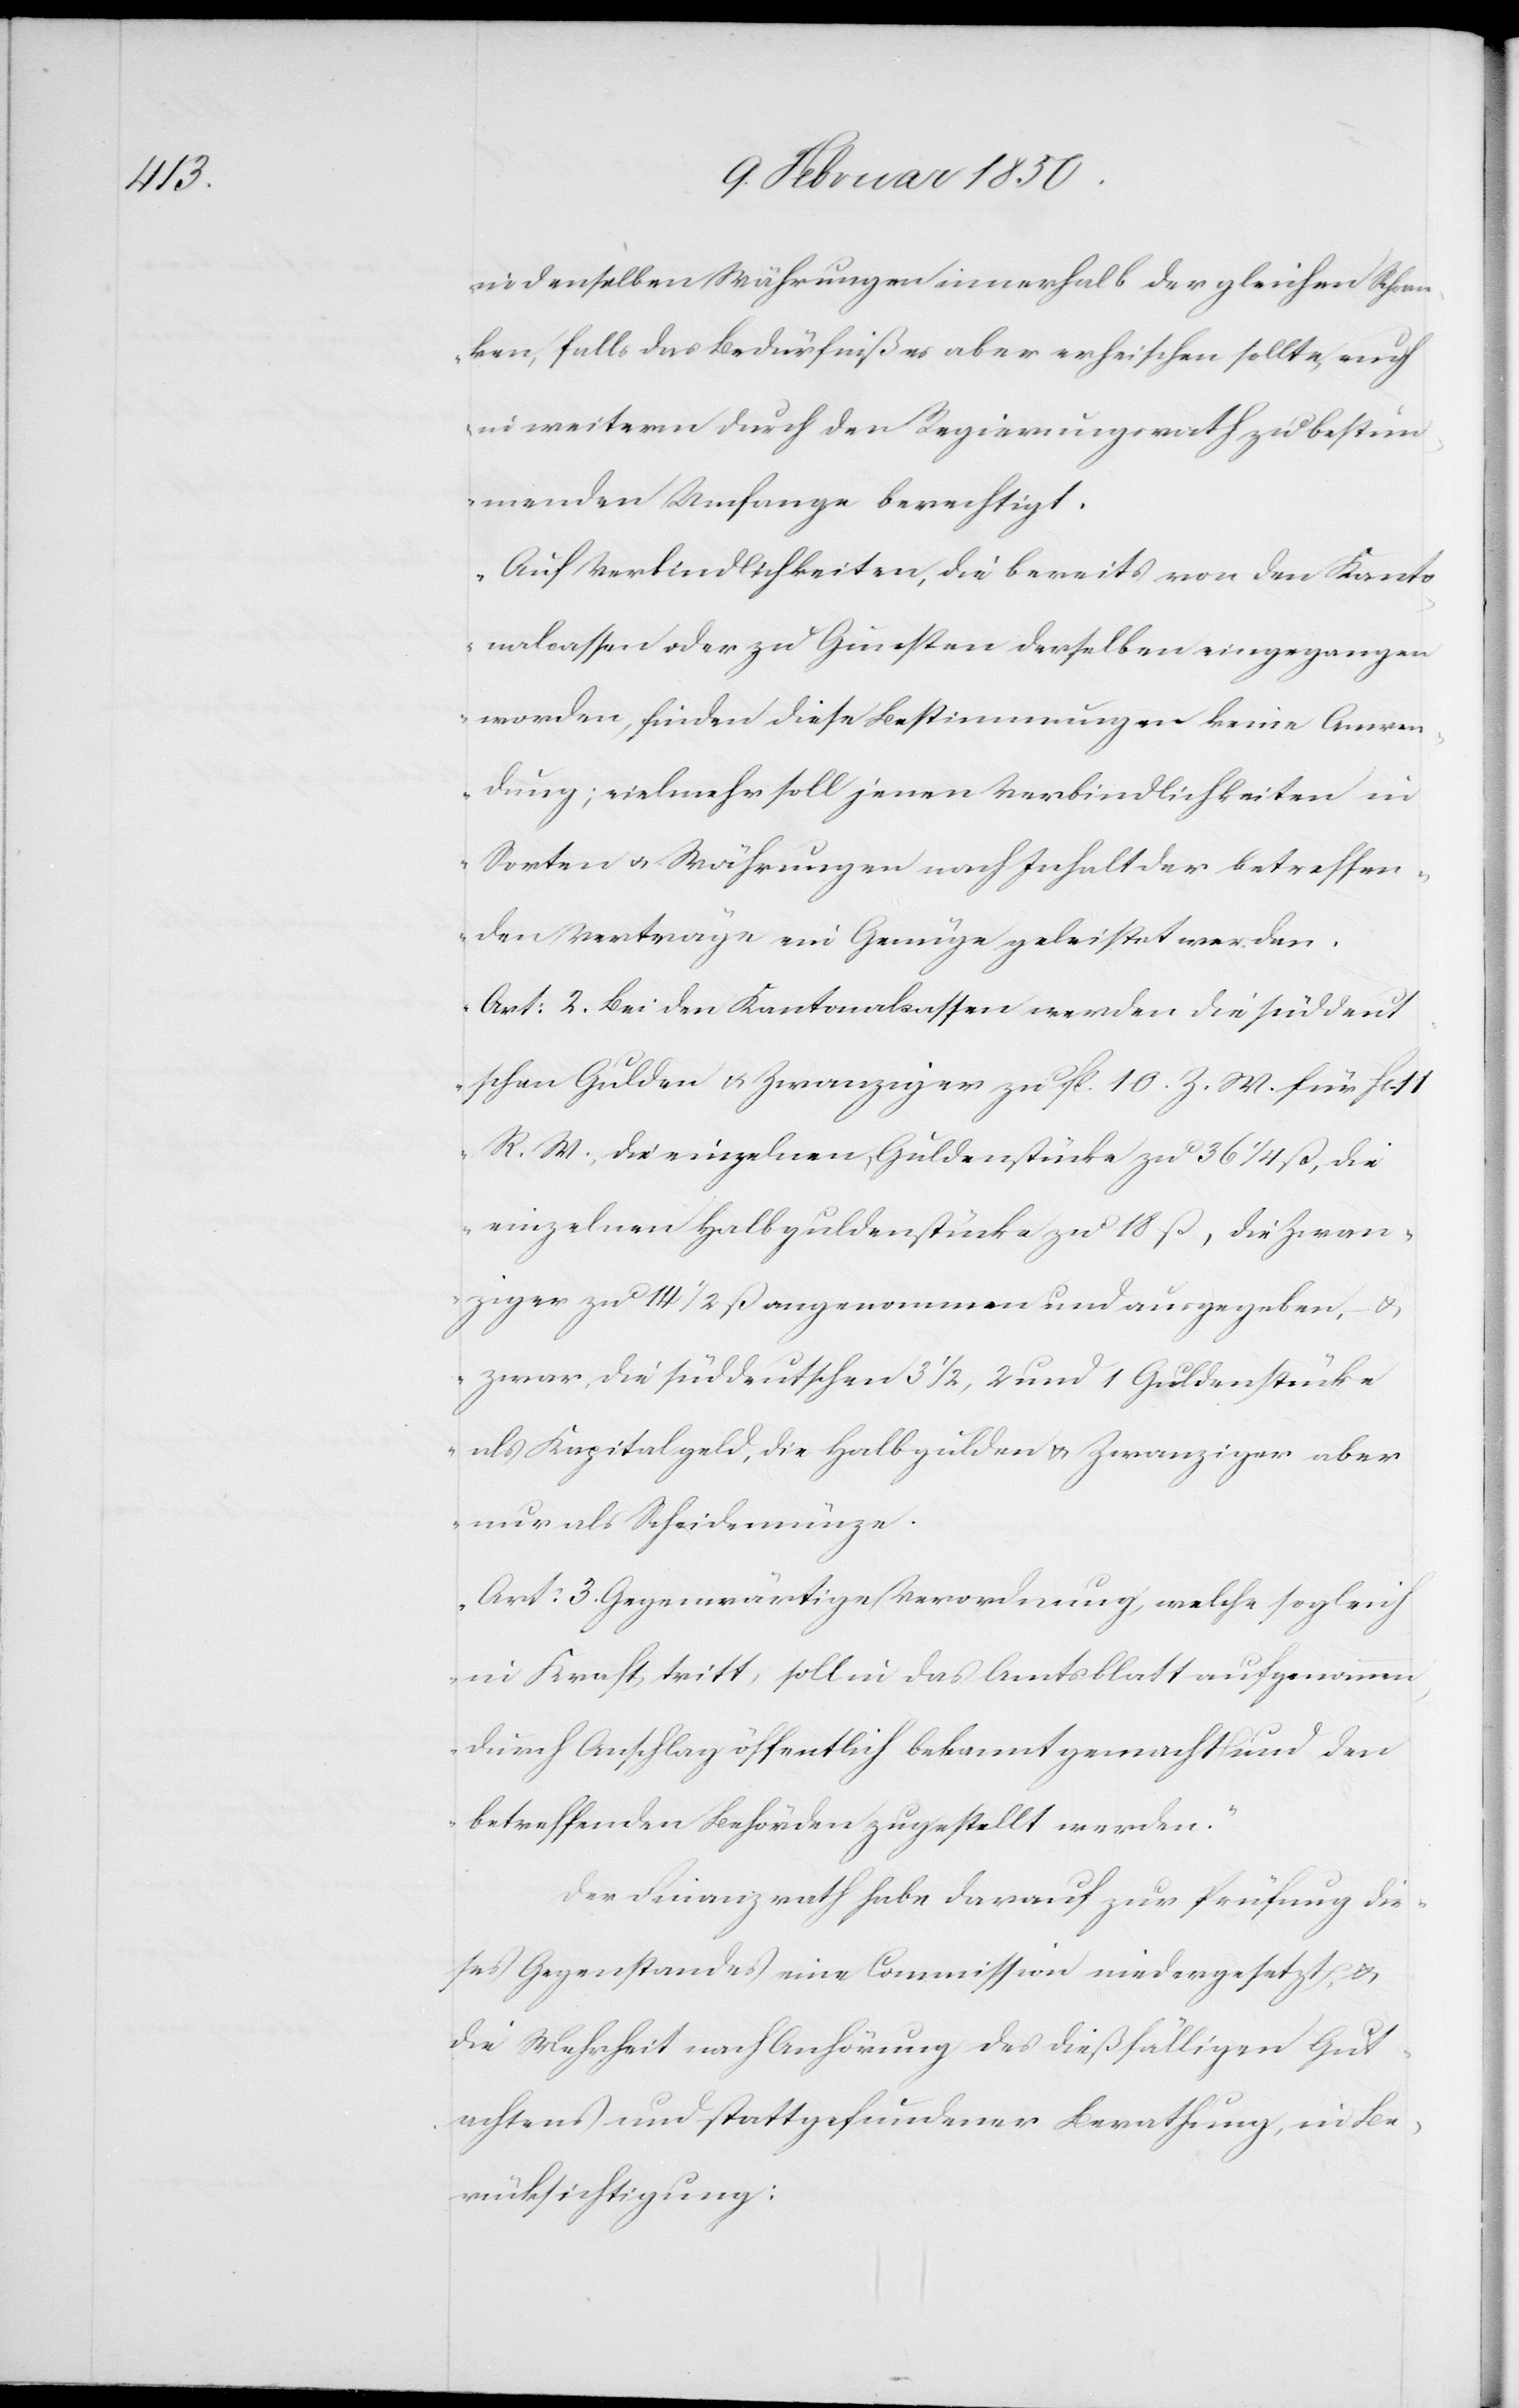
in denselben Währungen innerhalb der gleichen Schran¬
ken, falls das Bedürfniß es aber erheischen sollte, auch
in weiterm durch den Regierungsrath zu bestim¬
menden Umfange berechtigt.
Auf Verbindlichkeiten, die bereits von den Kanto¬
nalcassen oder zu Gunsten derselben eingegangen
worden, finden diese Bestimmungen keine Anwen¬
dung; vielmehr soll jenen Verbindlichkeiten in
Sorten u. Währungen nach Inhalt der betreffen¬
den Verträge ein Genüge geleistet werden.
Art: 2. Bei den Kantonalcassen werden die süddeut¬
schen Gulden u. Zwanziger zu fl. 10 Z. W. für fl.
R. W., die einzelnen Guldenstücke zu 36 1/4 ß, die
einzelnen Halbguldenstücke zu 18 ß, die Zwan¬
ziger zu 14 1/2 ß angenommen und ausgegeben, u.
zwar, die süddeutschen 3 1/2, 2 und 1 Guldenstücke
als Kapitalgeld, die Halbgulden u. Zwanziger aber
nur als Scheidemünze.
Art: 3. Gegenwärtige Verordnung, welche sogleich
in Kraft tritt, soll in das Amtsblatt aufgenommen,
durch Anschlag öffentlich bekannt gemacht und den
betreffenden Behörden zugestellt werden.“
Der Finanzrath habe darauf zur Prüfung die¬
ses Gegenstandes eine Commission niedergesetzt, u.
die Mehrheit nach Anhörung des dießfälligen Gut¬
achtens und stattgefundener Berathung, in Be¬
rücksichtigung: